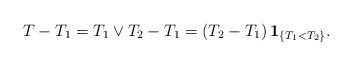
LaTeX: \begin{align*}T - T_1 = T_1 \vee T_2 - T_1 = \left(T_2 - T_1\right) \mathbf{1}_{\{T_1 < T_2\}}.\end{align*}